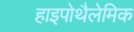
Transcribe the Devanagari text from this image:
हाइपोथैलेमिक